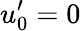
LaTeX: u_{0}^{\prime}=0